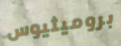
بروميثيوس